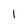
Character: l